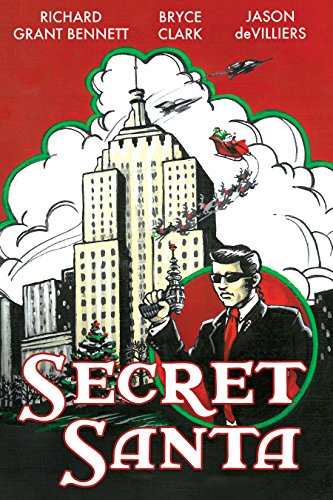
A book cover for Secret Santa; Richard Grant Bennett; Literature & Fiction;